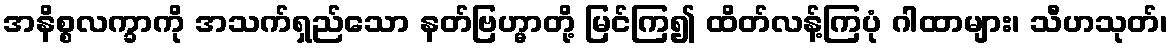
အနိစ္စလက္ခာကို အသက်ရှည်သော နတ်ဗြဟ္မာတို့ မြင်ကြ၍ ထိတ်လန့်ကြပုံ ဂါထာများ၊ သီဟသုတ်၊